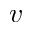
v